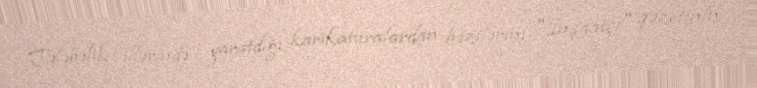
Tələbəlik illərində yaratdığı karikaturalardan bəzilərini "İnşaatçı" qəzetinin